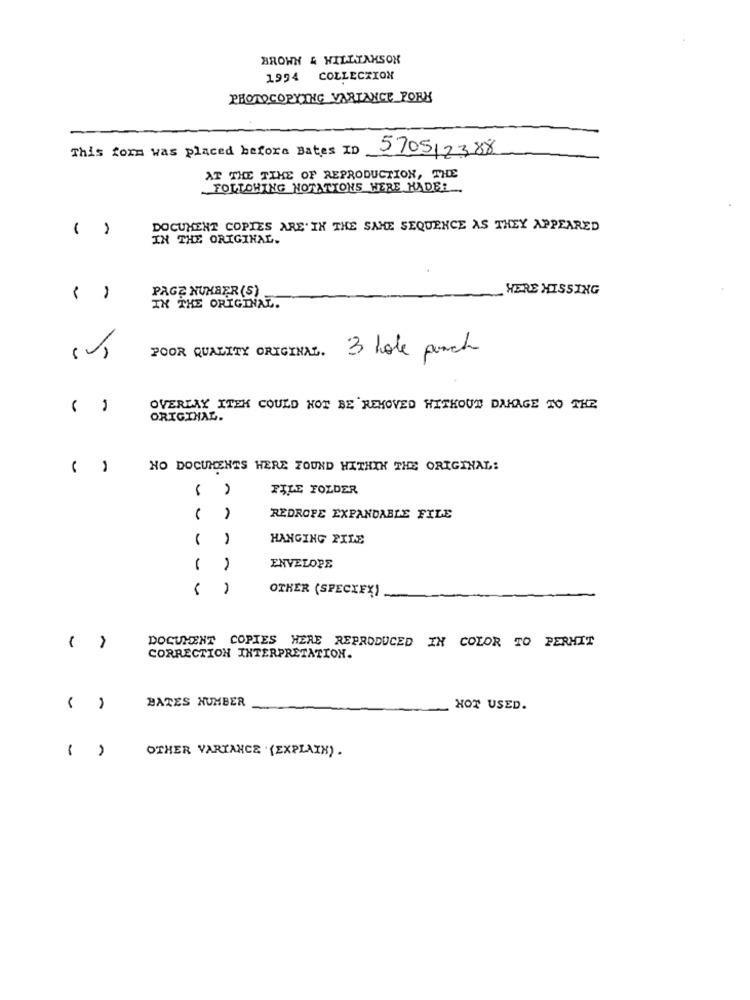
BROWN & WILLIAMSON
1994 COLLECTION
PHOTOCOPYING VARIANCE PORK
This form was placed before Bates ID
570512388
AT THE TIME OF REPRODUCTION, THE
FOLLOWING NOTATIONS WERE HADE !..
( )
DOCUMENT COPIES ARE. IN THE SAME SEQUENCE AS THEY APPEARED
IN THE ORIGINAL.
PAGE NUMBER (S)
HERE HISSING
IN THE ORIGINAL.
POOR QUALITY ORIGINAL. 3 hole punch
( )
OVERLAY ITEM COULD NOT BE REMOVED WITHOUT DAMAGE TO THE
ORIGINAL.
( )
NO DOCUMENTS WERE FOUND WITHIN THE ORIGINAL:
FILE FOLDER
REDROPE EXPANDABLE FILE
HANGING PILE
ENVELOPE
OTHER (SPECXFX)
DOCUMENT COPIES HERE REPRODUCED IN COLOR TO PERMIT
CORRECTION INTERPRETATION.
BATES NUMBER
HOT USED.
OTHER VARIANCE (EXPLAIN) .